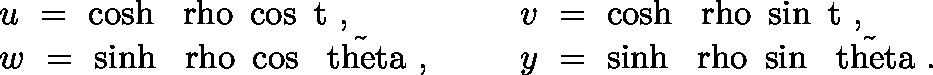
\begin{array} { l l } { { u ~ = ~ \cosh \mathrm { \boldmath ~ \ r h o ~ } \cos \mathrm { \boldmath ~ t ~ } , ~ ~ ~ ~ ~ } } & { { v ~ = ~ \cosh \mathrm { \boldmath ~ \ r h o ~ } \sin \mathrm { \boldmath ~ t ~ } , } } \\ { { w ~ = ~ \sinh \mathrm { \boldmath ~ \ r h o ~ } \cos \mathrm { \boldmath ~ \tilde { \ t h e t a } ~ } , ~ ~ ~ ~ ~ } } & { { y ~ = ~ \sinh \mathrm { \boldmath ~ \ r h o ~ } \sin \mathrm { \boldmath ~ \tilde { \ t h e t a } ~ } . } } \end{array}